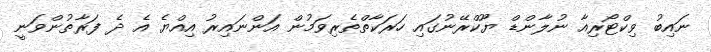
ނައިބު ވިކްޓޯރިއާ ނުލާންޑް ޔޫކްރޭނުގައި ހަރަކާތްތެރިވަމުން އަންނައިރު އިއްޔެ އެ ދެ ފަރާތުންވަނީ